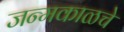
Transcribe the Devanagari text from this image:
जन्मकाळचे